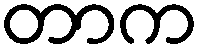
တာက